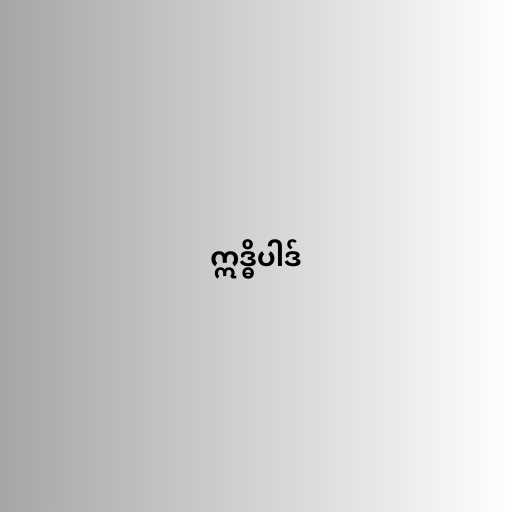
ဣဒ္ဓိပါဒ်